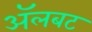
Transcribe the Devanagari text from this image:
अॅलबट